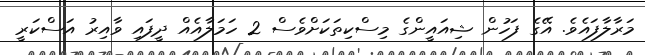
މަރާލާފައެވެ. އޭގެ ފަހުން ޝިއައީންގެ މިސްކިތަކަށްވެސް 2 ހަމަލާއެއް ދީފައި ވާއިރު އަސްކަރީ